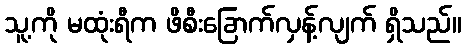
သူ့ကို မထုံးရီက ဖိစီးခြောက်လှန့်လျက် ရှိသည်။